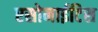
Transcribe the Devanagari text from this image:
एसोनाईटिस